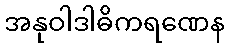
အနုဝါဒါဓိကရဏေန